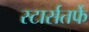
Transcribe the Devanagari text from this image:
स्टार्सतर्फे